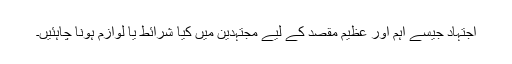
اجتہاد جیسے اہم اور عظیم مقصد کے لیے مجتہدین میں کیا شرائط یا لوازم ہونا چاہئیں۔